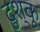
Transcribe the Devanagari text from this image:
दुश्कू